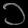
Digit: ၁